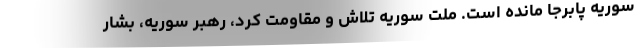
سوریه پابرجا مانده است. ملت سوریه تلاش و مقاومت کرد، رهبر سوریه، بشار